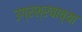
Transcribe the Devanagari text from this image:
उग्रश्रवाच्या